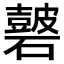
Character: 𥖫